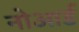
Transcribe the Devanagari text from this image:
नोआर्ड